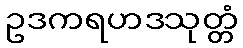
ဥဒကရဟဒသုတ္တံ